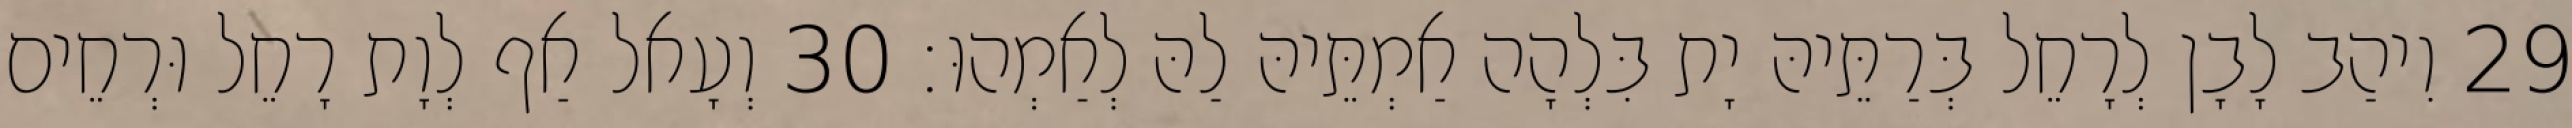
29 וִיהַב לָבָן לְרָחֵל בְּרַתֵּיהּ יָת בִּלְהָה אַמְתֵּיהּ לַהּ לְאַמְהוּ׃ 30 וְעָאל אַף לְוָת רָחֵל וּרְחֵים